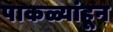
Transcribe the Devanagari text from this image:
पाकळ्यांहून